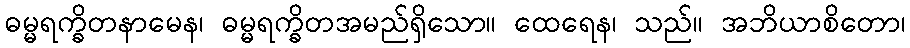
ဓမ္မရက္ခိတနာမေန၊ ဓမ္မရက္ခိတအမည်ရှိသော။ ထေရေန၊ သည်။ အဘိယာစိတော၊